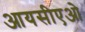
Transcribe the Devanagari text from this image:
आयसीएओ